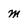
Character: m